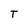
Character: T